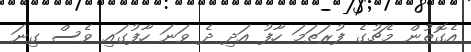
އެގޮތުން މެޗުގެ ފުރަތަމަ ހާފު އަދި ދެ ވަނަ ހާފުގައި ވެސް ގިނަ